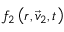
f _ { 2 } \left( r , \vec { v } _ { 2 } , t \right)